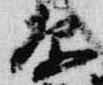
原